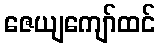
ဇေယျကျော်ထင်